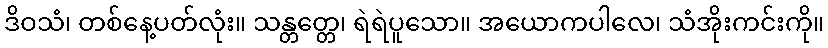
ဒိဝသံ၊ တစ်နေ့ပတ်လုံး။ သန္တတ္တေ၊ ရဲရဲပူသော။ အယောကပါလေ၊ သံအိုးကင်းကို။